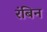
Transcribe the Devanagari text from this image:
रंबिन